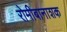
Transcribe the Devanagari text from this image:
रोमीबानाशक